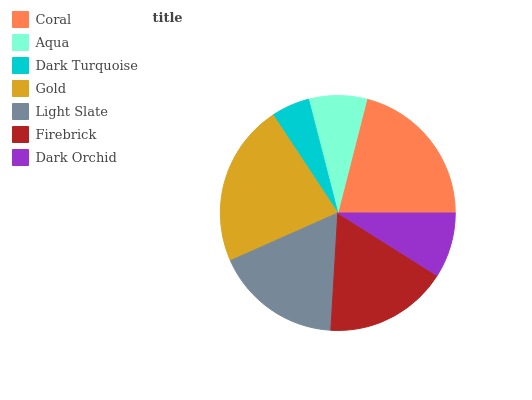
| Coral | Aqua | Dark Turquoise | Gold | Light Slate | Firebrick | Dark Orchid |
 | --- | --- | --- | --- | --- | --- | --- |
 | 21% | 8% | 5.29% | 22.3% | 17.4% | 17% | 8.95% |